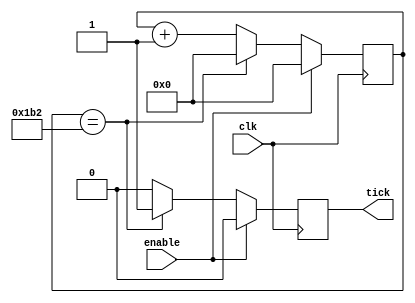
module BaudTickGen(
    input clk, enable,
    output reg tick  // generate a tick at the specified baud rate * oversampling
);
parameter ClkFrequency = 50000000;
parameter Baud = 115200;
parameter Oversampling = 1;
reg [24:0] count;
reg [24:0] top;

 


always @ (posedge clk) begin
top =( (ClkFrequency / Baud) /Oversampling);
	if (enable) begin
		count = 20'b0;
		tick= 1'b0;
	end
	else begin
		if (count == top) begin
			tick = 1'b1;
			count = 20'b0;
		end
		else begin
			tick=1'b0;
			count = count + 1'b1;
		end
	end
end

endmodule